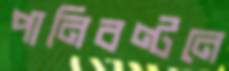
পানিবণ্টনে